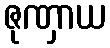
ဇုဏှာယ